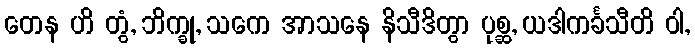
တေန ဟိ တွံ, ဘိက္ခု, သကေ အာသနေ နိသီဒိတွာ ပုစ္ဆ, ယဒါကင်္ခသီတိ ဝါ,